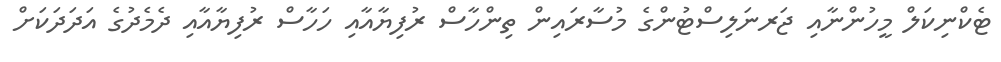
ޓެކްނިކަލް މީހުންނާއި ޖަރނަލިސްޓުންގެ މުސާރައިން ތިންހާސް ރުފިޔާއާއި ހަހާސް ރުފިޔާއާއި ދެމެދުގެ އަދަދަކަށް